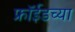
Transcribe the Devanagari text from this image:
फ्रॉईडच्या